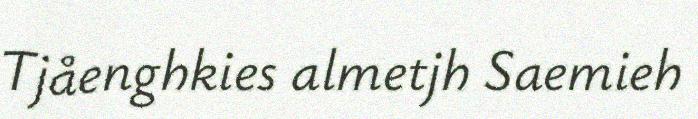
Tjåenghkies almetjh Saemieh